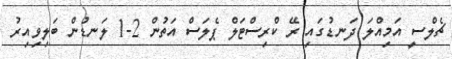
ޗެލްސީ އަމިއްލަ ދަނޑުގައި ރޭ ކްރިސްޓަލް ޕެލަސް އަތުން 2-1 ލަނޑުން ބަލިވިއިރު